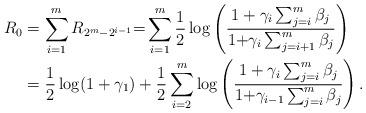
LaTeX: \begin{align*}R_0 & = \sum_{i=1}^m R_{2^m-2^{i-1}} {=} \sum_{i=1}^m \frac{1}{2} \log\left(\frac{1+\gamma_i \sum_{j=i}^m\beta_j}{1{+}\gamma_i \sum_{j=i+1}^m \beta_j}\right)\\ & = \frac{1}{2}\log(1+\gamma_1) + \frac{1}{2}\sum_{i=2}^m \log\left(\frac{1+\gamma_i \sum_{j=i}^m\beta_j}{1{+}\gamma_{i-1}\sum_{j=i}^m \beta_j}\right).\end{align*}